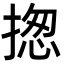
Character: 揔